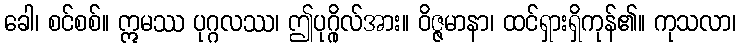
ခေါ၊ စင်စစ်။ ဣမဿ ပုဂ္ဂလဿ၊ ဤပုဂ္ဂိုလ်အား။ ဝိဇ္ဇမာနာ၊ ထင်ရှားရှိကုန်၏။ ကုသလာ၊